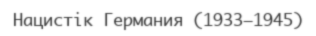
Нацистік Германия (1933—1945)